Vabadussoja_Ajaloo_Komitee, lk 15
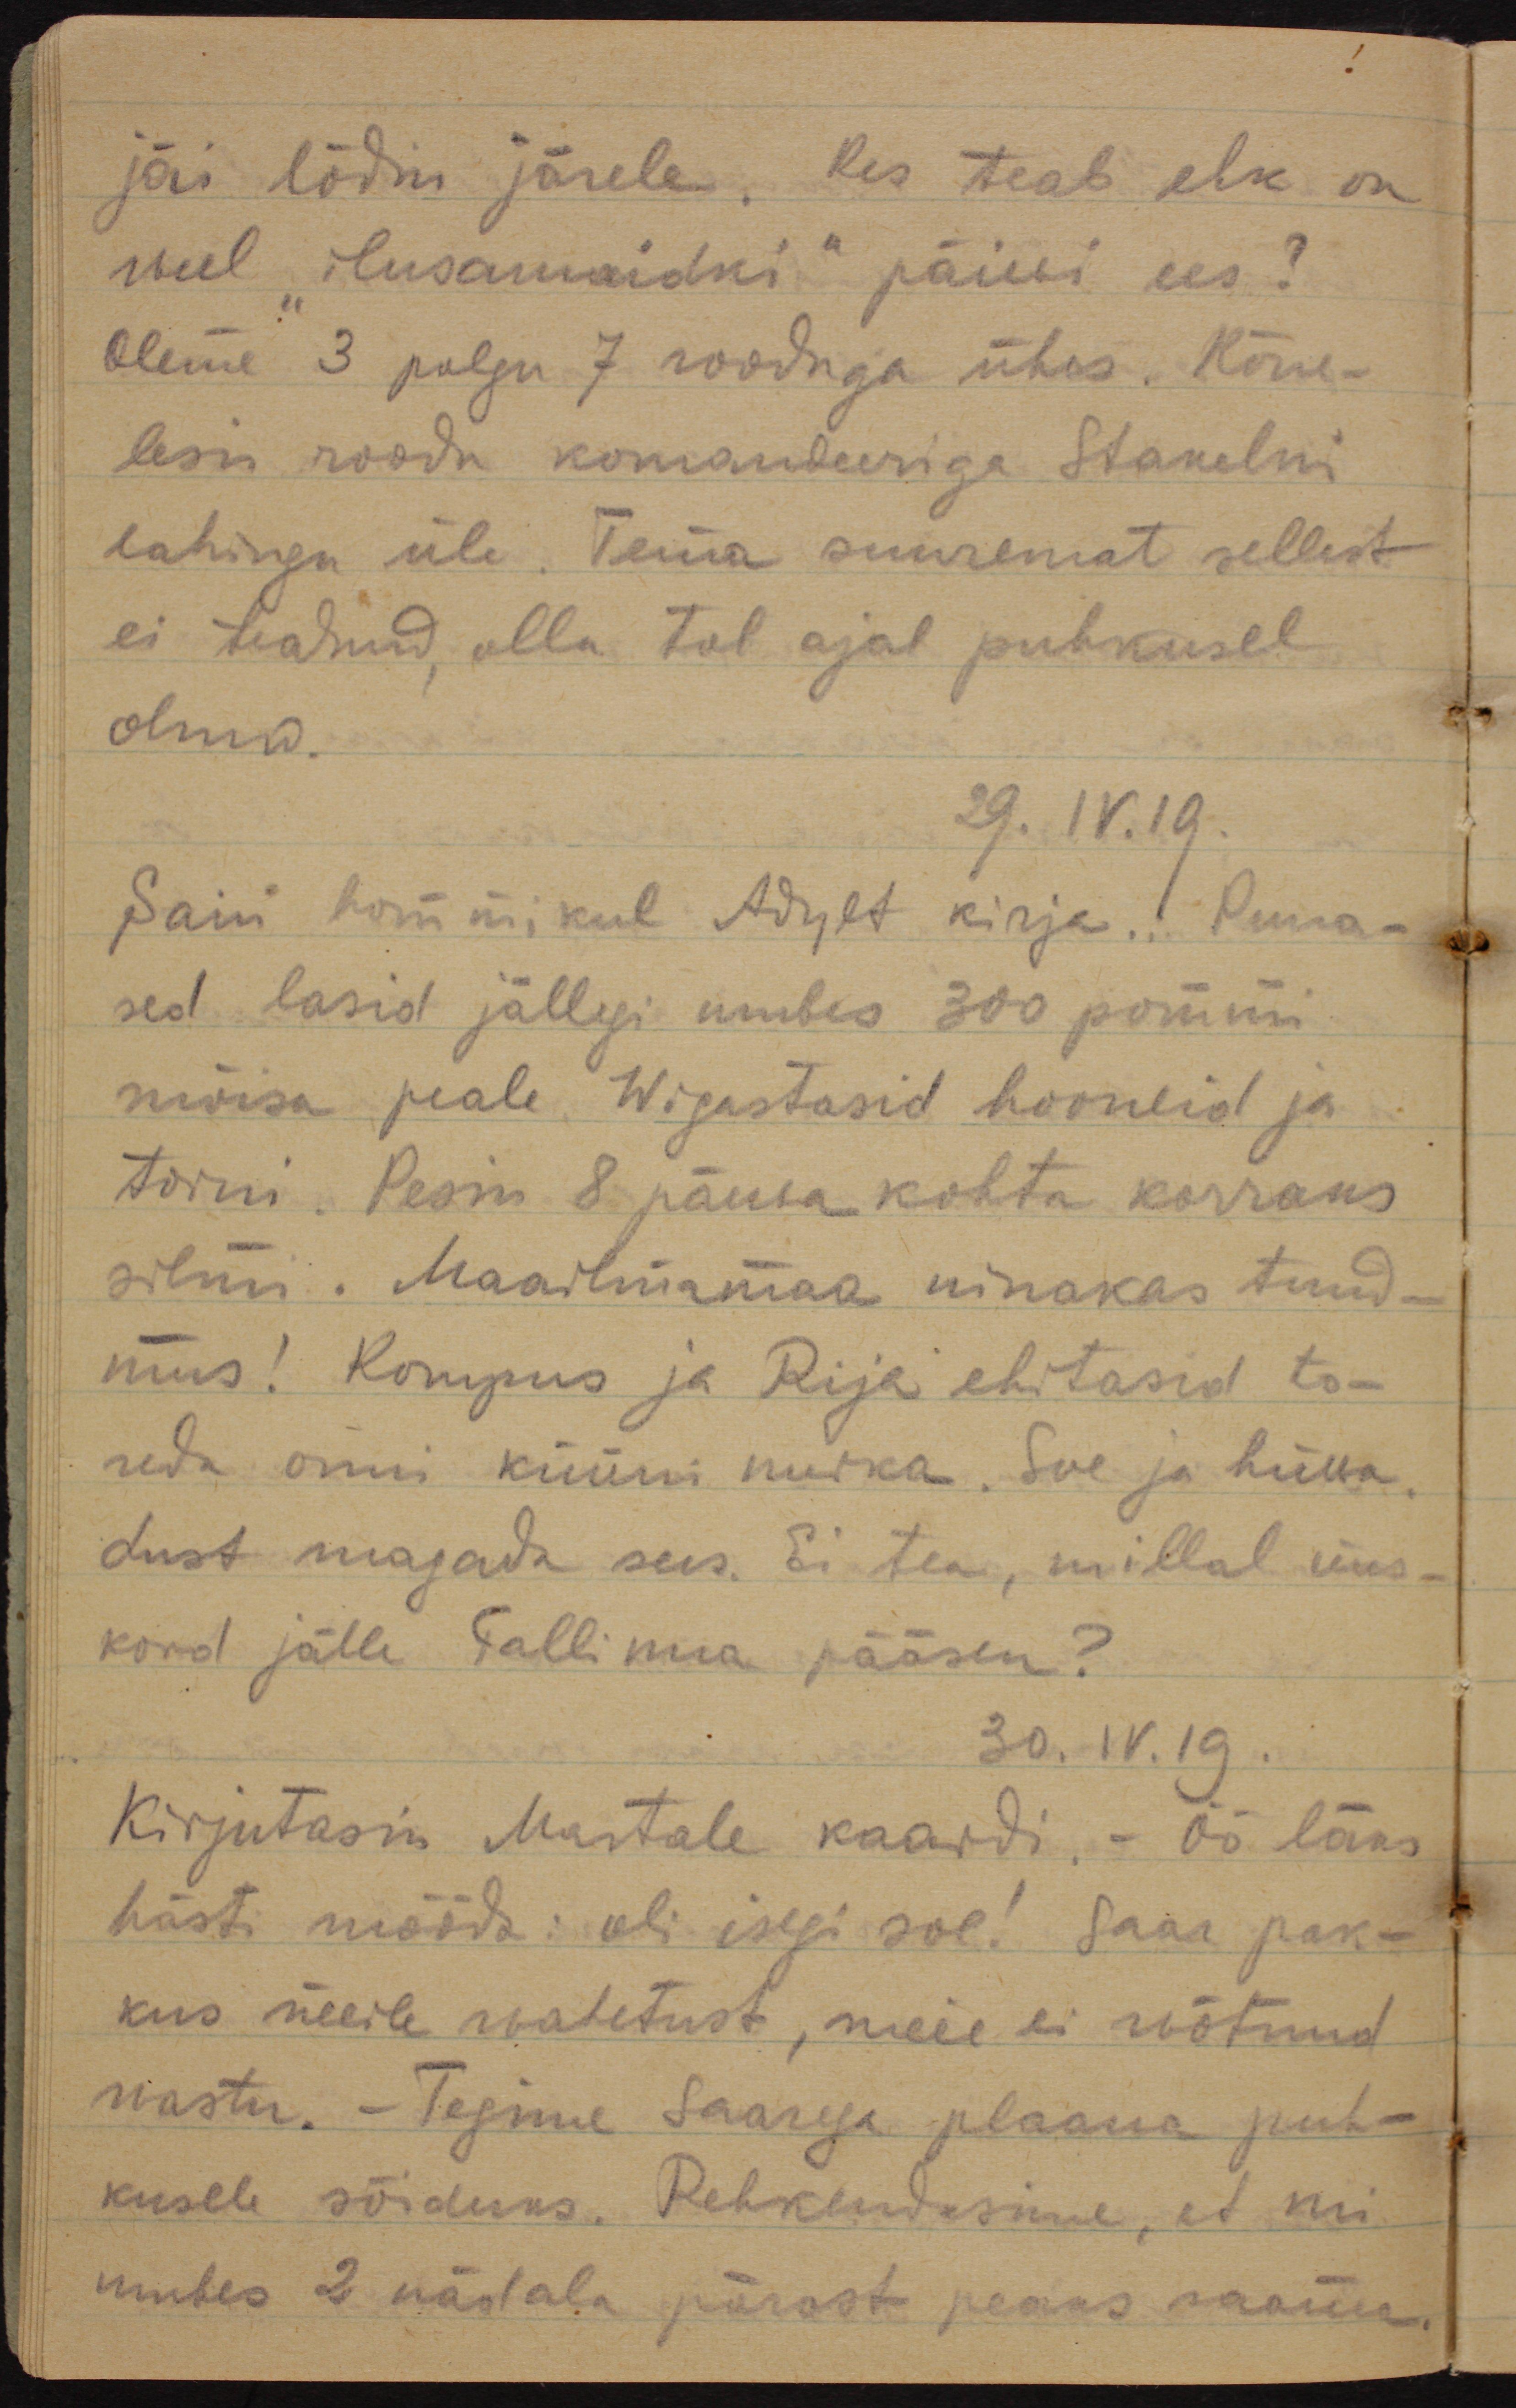
jäi lõdin järele. Kes teab ehk on
weel "ilusamaidki" päiwi ees?
Oleme 3 polgu 7 rooduga ühes. Kõne-
lesin roodu komandeeriga Stakelni
lahingu üle. Tema suuremat sellest
ei teadnud, olla tol ajal puhkusel
olnud.
29.IV.19.
Sain hommikul Adylt kirja. Puna-
sed lasid jällegi umbes 300 pommi
mõisa peale. Wigastasid hooneid ja
torni. Pesin 8 päewa kohta korraks
silmi. Maailmamaa ninakas tund-
mus! Kompus ja Rija ehitasid to-
reda onni küüni nurka. Soe ja hüwa. 
Lust magada sees. Ei tea, millal üks
kord jälle Tallinna pääsen?
30.IV.19.
Kirjutasin Martale kaardi, - Öö läks
hästi mööda: oli isegi soe! Saar pak-
kus meile wahetust, meie ei wõtnud
wastu. - Tegime Saarega plaane puh-
kusele sõiduks. Rehkendasime, et nii
umbes 2 nädala pärast peaks saama.